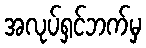
အလုပ်ရှင်ဘက်မှ